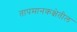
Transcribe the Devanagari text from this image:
तापमानकक्षेतील